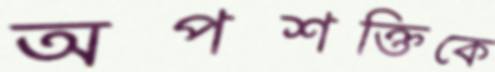
অপশক্তিকে